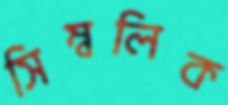
সিম্বলিক